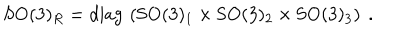
\mathrm { S O } ( 3 ) _ { R } = \mathrm { d i a g } \, \left( \mathrm { S O } ( 3 ) _ { 1 } \times \mathrm { S O } ( 3 ) _ { 2 } \times \mathrm { S O } ( 3 ) _ { 3 } \right) ~ .